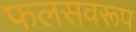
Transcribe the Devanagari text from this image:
फलसवरूप